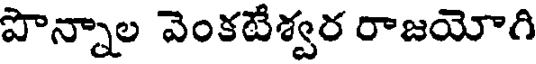
పొన్నాల వెంకటేశ్వర రాజయోగి